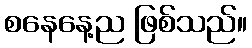
စနေနေ့ည ဖြစ်သည်။